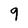
Character: 9